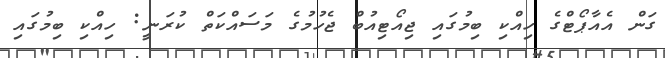
ގަން އެއާޕޯޓްގެ ހިއްކި ބިމުގައި ޖިއޯޓިއުބް ޖެހުމުގެ މަސައްކަތް ކުރަނީ: ހިއްކި ބިމުގައި